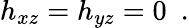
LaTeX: h_{xz}=h_{yz}=0\ \ .